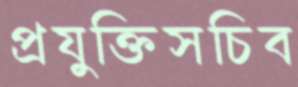
প্রযুক্তিসচিব